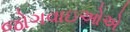
જોગવાઇઓએ